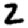
Digit: 2